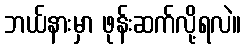
ဘယ်နားမှာ ဖုန်းဆက်လို့ရလဲ။